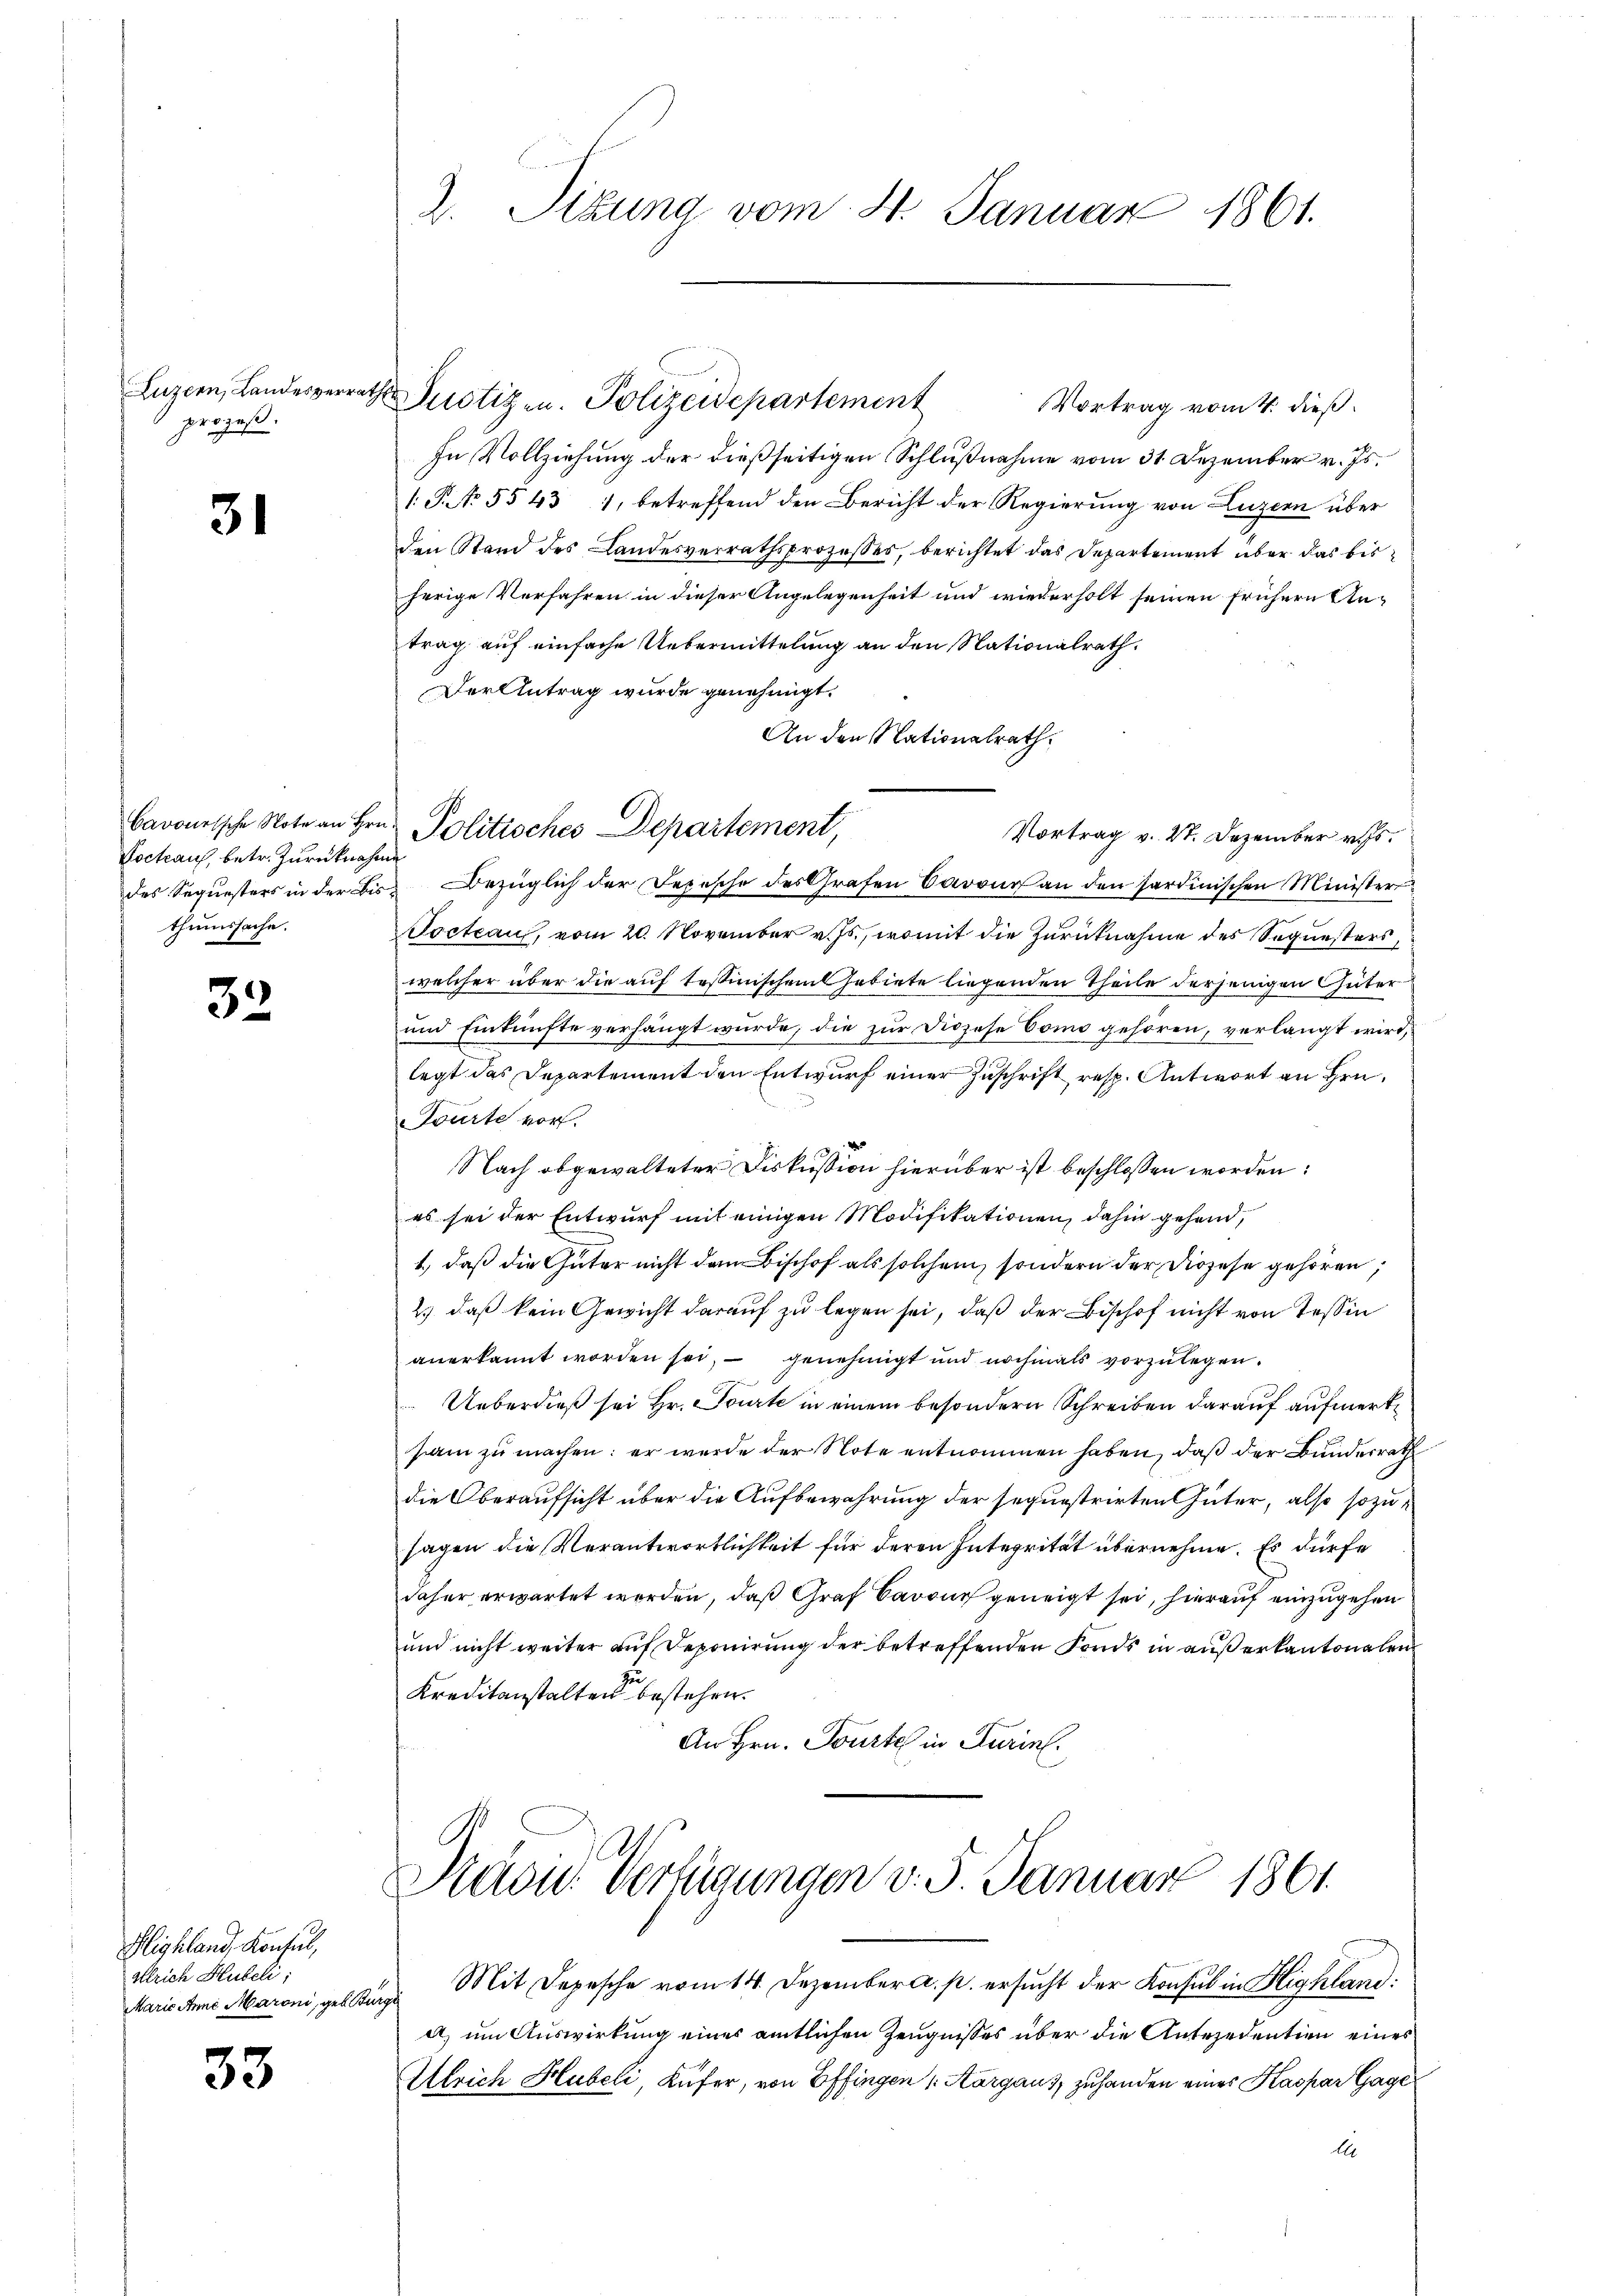
Luzern, Landesverra
prozeß.

31

Cavourssche Note an Hrn.
Loctraus, betr. Zurücknahme
thumssache.

33

Highland, Konsul,
Klrich Hubeli,
Marie Anne Maroni, gebu

33.

Vortrag vom 4. dieß.
In Vollziehung der dießseitigen Schlußnahme vom 31. Dezember v. Js.
P No. 5543 1, betreffend den Bericht der Regierŭng von Luzern über
den Stand des Landesverrathsprozesses, berichtet das Departement über das bisherige Verfahren in dieser Angelegenheit und wiederholt seinen frühern Antrag auf einfache Uebermittelung an den Nationalrath
Der Antrag wurde genehmigt.
An den Nationalrath,
Vortrag v. 27. Dezember v. Js.
des Sequesters in der Bis Bezüglich der Depesche des Grafen Barones an den sardinischen Minister
Tocteau, vom 20. November v. Js., womit die Zurücknahme des Sequesters
welcher über die auf tessinischem Gebiete liegenden Theile derjenigen Güter
und Einkünfte verhängt wurde, die zur Diözese Como gehören, verlangt wird,
legt das Departement den Entwurf einer Zuschrift resp. Antwort an Hrn.
Fourte vor.
Nach obgewalteter Diskussion hierüber ist beschlossen worden:
es sei der Entwurf mit einigen Modifikationen, dahin gehend,
1., daß die Güter nicht dem Bischof als solchem, sondern der Diözese gehören;
2) daß kein Gewicht darauf zu legen sei, daß der Bischof nicht von Teßin
anerkannt worden sei, - genehmigt und nochmals vorzulegen.
Ueberdieß sei Hr. Tourte in einem besondern Schreiben darauf aufmerk
sam zu machen: er wurde der Note entnommen haben, daß der Bunderrath
die Oberaufsicht über die Aufbewahrung der sequestrirten Güter, also sozusagen die Verantwortlichkeit für deren Integrität übernehme. Es dürfe
daher erwartet worden, daß Graf Caveur geneigt sei, hierauf einzugehen
und nicht weiter auf Reponirung der betreffenden Fonds in außer kantonalen
Kreditanstalten bestehen.
An Hrn. Tourte in Turin.

2. Sizung vom 4. Januar 1861.

Justiz u. Polizeidepartement

Politisches Departement,

Stavid Verfügungen v. 5. Januar 1861

Mit Depesche vom 14. Dezember a. p. ersucht der Konsul in Highland:
age
a) um Auswirkung eines amtlichen Zeugnisses über die Antezedention eines
Ulrich Hubeli, Küfer, von Effingen (Aargaus, zuhanden eines Kaspar Gage
A